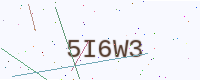
Text: 5I6W3